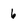
Character: 6